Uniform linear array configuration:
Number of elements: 64
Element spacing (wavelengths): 0.75
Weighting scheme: hann
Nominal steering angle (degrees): -45
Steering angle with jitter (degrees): -45.01
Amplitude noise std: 0.05
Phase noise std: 0.05

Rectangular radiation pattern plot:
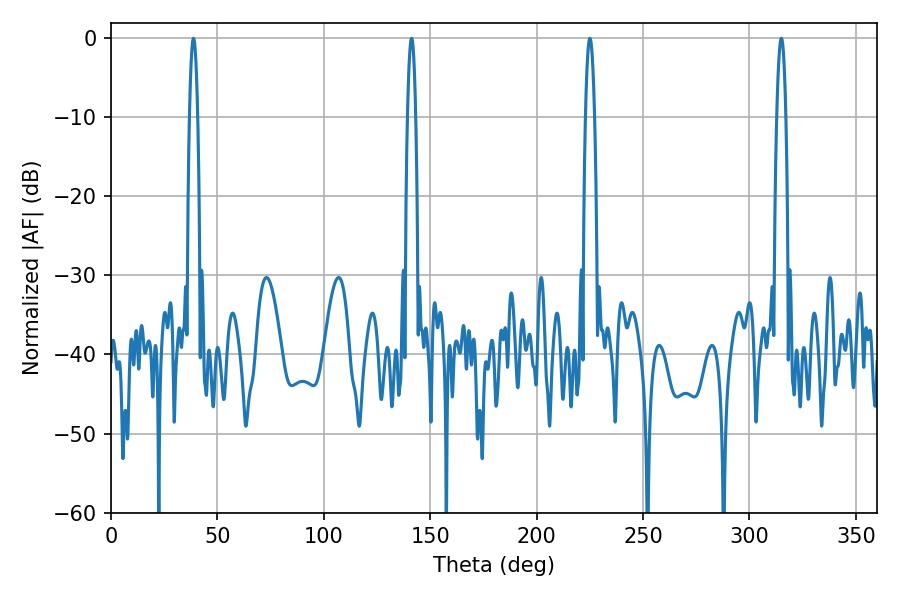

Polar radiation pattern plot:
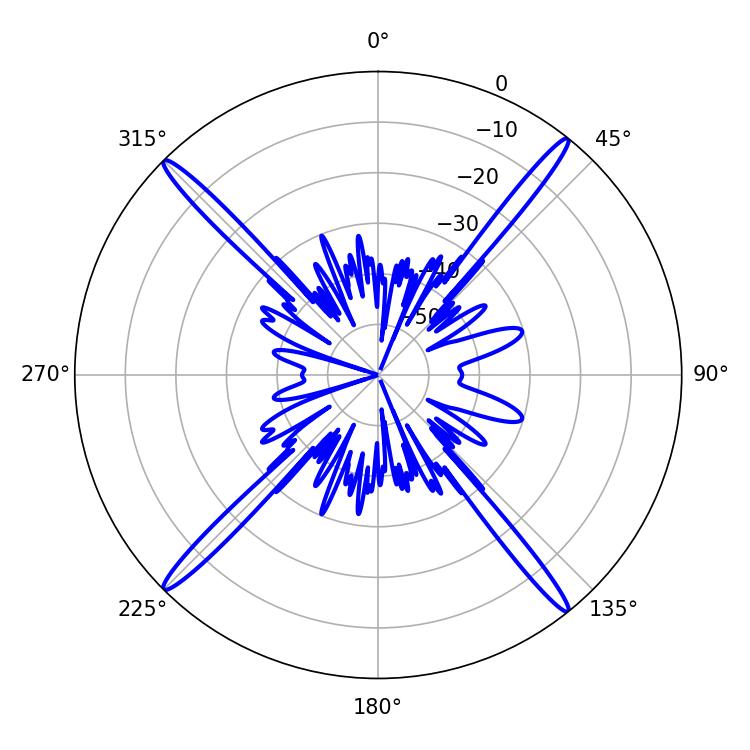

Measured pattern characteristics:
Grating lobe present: TRUE
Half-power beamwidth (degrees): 2.34
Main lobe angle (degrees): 225